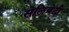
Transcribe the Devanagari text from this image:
सेलिब्रेटी